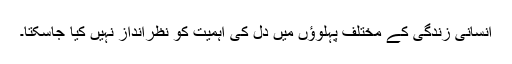
انسانی زندگی کے مختلف پہلوؤں میں دل کی اہمیت کو نظرانداز نہیں کیا جاسکتا۔